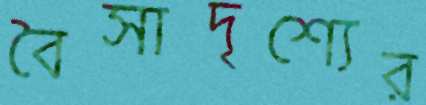
বৈসাদৃশ্যের